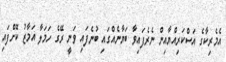
އެމެރިކާގެ އަސްކަރިއްޔާއިން ނެރެފައިވާ ބަޔާނެއްގައި ބުނެފައި ވަނީ ރޭގެ ހަމަލާ އަމާޒު ކޮށްފައި